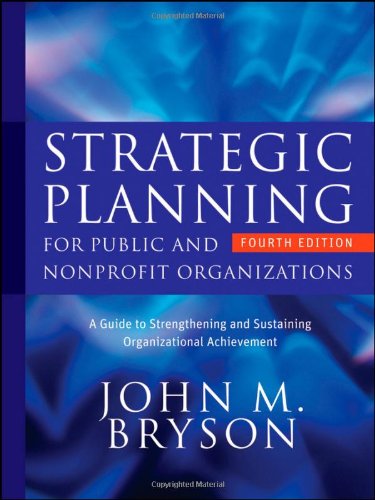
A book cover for Strategic Planning for Public and Nonprofit Organizations: A Guide to Strengthening and Sustaining Organizational Achievement; John M. Bryson; Business & Money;